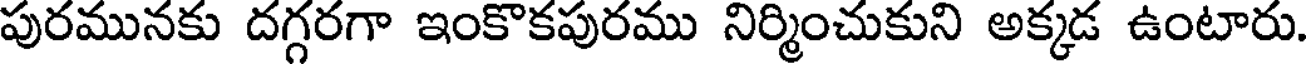
పురమునకు దగ్గరగా ఇంకొకపురము నిర్మించుకుని అక్కడ ఉంటారు.